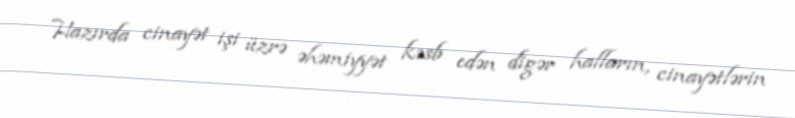
Hazırda cinayət işi üzrə əhəmiyyət kəsb edən digər halların, cinayətlərin